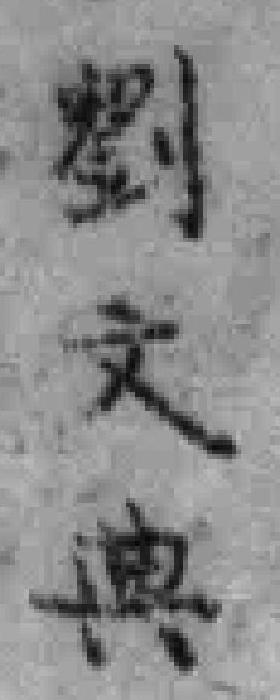
劉文典